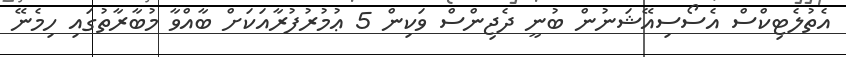
އެތުލެޓިކްސް އެސޯސިއޭޝަނުން ބުނީ ދެޖިންސް ވަކިން 5 ޢުމުރުފުރާއަކަށް ބާއްވާ މުބާރާތުގައި ހިމެނޭ